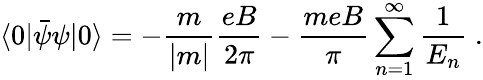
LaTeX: \langle 0|{\bar{\psi}}\psi|0\rangle=-\frac{m}{|m|}\frac{eB}{2\pi}-\frac{meB}{\pi}\sum_{n=1}^{\infty}\frac{1}{E_{n}}\; .